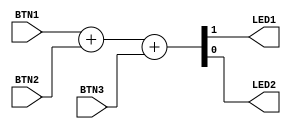
/*
 *  icebreaker examples - 1-bit full adder
 *
 *  Copyright (C) 2019 Albin Sderqvist <albin@fripost.org>
 *
 *  Permission to use, copy, modify, and/or distribute this software for any
 *  purpose with or without fee is hereby granted, provided that the above
 *  copyright notice and this permission notice appear in all copies.
 *
 *  THE SOFTWARE IS PROVIDED "AS IS" AND THE AUTHOR DISCLAIMS ALL WARRANTIES
 *  WITH REGARD TO THIS SOFTWARE INCLUDING ALL IMPLIED WARRANTIES OF
 *  MERCHANTABILITY AND FITNESS. IN NO EVENT SHALL THE AUTHOR BE LIABLE FOR
 *  ANY SPECIAL, DIRECT, INDIRECT, OR CONSEQUENTIAL DAMAGES OR ANY DAMAGES
 *  WHATSOEVER RESULTING FROM LOSS OF USE, DATA OR PROFITS, WHETHER IN AN
 *  ACTION OF CONTRACT, NEGLIGENCE OR OTHER TORTIOUS ACTION, ARISING OUT OF
 *  OR IN CONNECTION WITH THE USE OR PERFORMANCE OF THIS SOFTWARE.
 *
 */

// Pressing the buttons 1-3 (or not) in various combinations
// will represent the two-bit binary numbers 00, 01, 10 and 11
// by enabling some of the built-in LEDs.

module top(BTN1, BTN2, BTN3, LED1, LED2);
   input BTN1, BTN2, BTN3;
   output LED1, LED2;
   wire [1:0] Sum;
   wire   A, B, Cin;
   assign   BTN1 = A, BTN2 = B, BTN3 = Cin;
   assign {LED1, LED2} = Sum;
   assign Sum = A + B + Cin;
endmodule